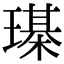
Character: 𤩒